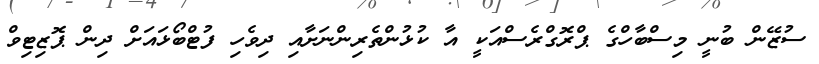
ސުޒޭން ބުނީ މިސްބާހްގެ ޕްރޮގްރެސްއަކީ އާ ކުޅުންތެރިންނަށާއި ދިވެހި ފުޓްބޯޅައަށް ދިން ޕޮޒިޓިވް